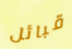
قبائل